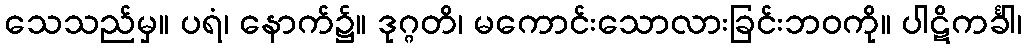
သေသည်မှ။ ပရံ၊ နောက်၌။ ဒုဂ္ဂတိ၊ မကောင်းသောလားခြင်းဘဝကို။ ပါဋိကင်္ခါ၊